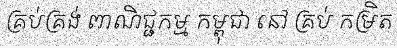
គ្រប់គ្រង់ ពាណិជ្ជកម្ម កម្ពុជា នៅ គ្រប់ កម្រិត